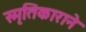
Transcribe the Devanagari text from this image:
स्मृतिकाराने